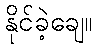
နိုင်ခဲ့ချေ။